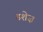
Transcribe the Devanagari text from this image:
डशेज़